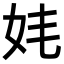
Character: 𡛋